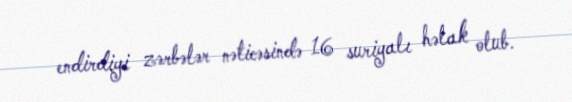
endirdiyi zərbələr nəticəsində 16 suriyalı həlak olub.